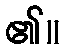
၏။